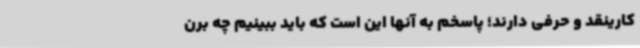
کارینقد و حرفی دارند؛ پاسخم به آنها این است که باید ببینیم چه برن